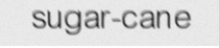
sugar-cane